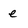
Character: e